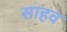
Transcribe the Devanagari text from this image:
साहव